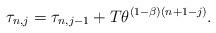
LaTeX: \begin{align*}\tau_{n,j} &= \tau_{n,j-1} + T\theta^{(1-\beta)(n+1-j)}.\end{align*}